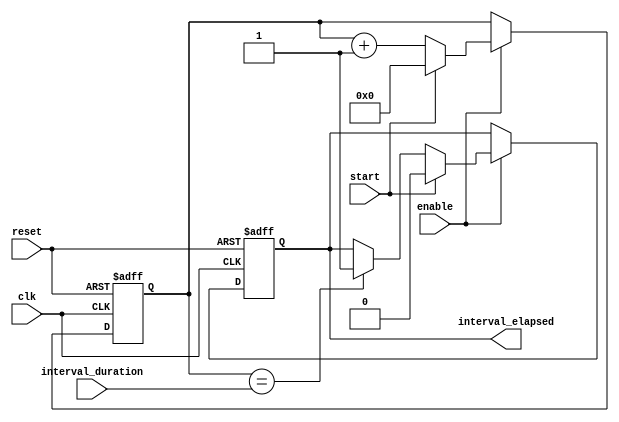
module Interval_Timer (
    input wire clk,         // Clock input
    input wire reset,       // Reset signal
    input wire enable,      // Enable signal
    input wire start,       // Start signal
    input wire [31:0] interval_duration,  // Interval duration
    output reg interval_elapsed  // Output signal indicating interval elapsed
);

reg [31:0] count;  // Counter to keep track of elapsed time

always @(posedge clk or posedge reset) begin
    if (reset) begin
        count <= 0;
        interval_elapsed <= 0;
    end else if (enable) begin
        if (start) begin
            count <= 0;
            interval_elapsed <= 0;
        end else begin
            count <= count + 1;
            if (count == interval_duration) begin
                interval_elapsed <= 1;
            end
        end
    end
end

endmodule